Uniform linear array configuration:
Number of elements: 4
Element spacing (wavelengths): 0.75
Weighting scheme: uniform
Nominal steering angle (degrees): -15
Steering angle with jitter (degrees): -13.533
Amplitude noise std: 0.05
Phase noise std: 0.05

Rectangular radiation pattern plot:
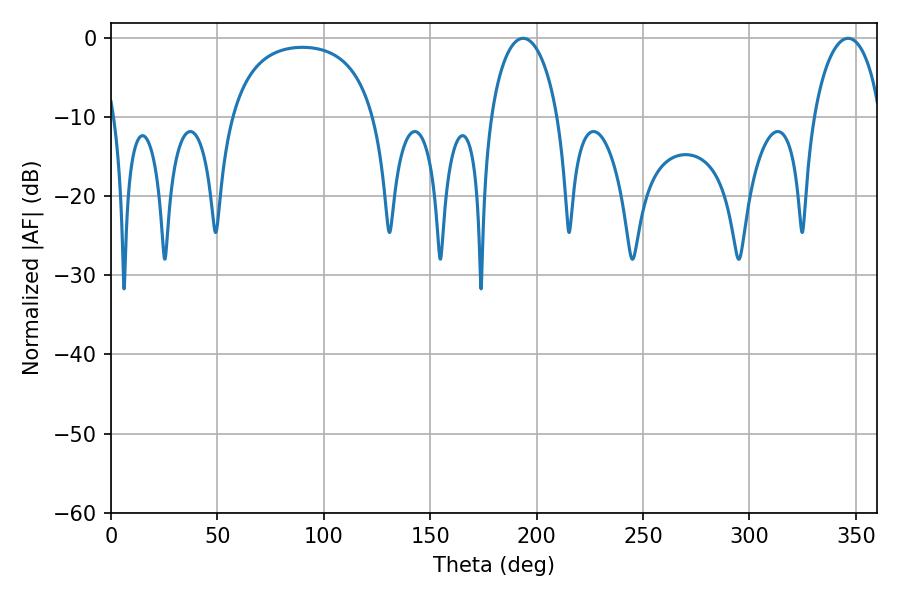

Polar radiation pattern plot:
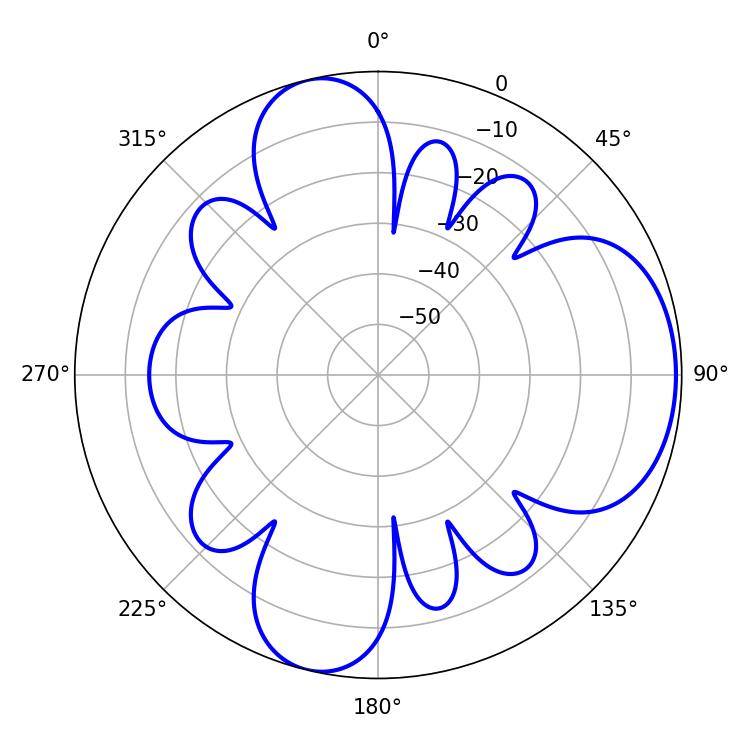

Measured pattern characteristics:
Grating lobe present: TRUE
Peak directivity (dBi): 6.865
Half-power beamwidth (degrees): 18.18
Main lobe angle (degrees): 193.68